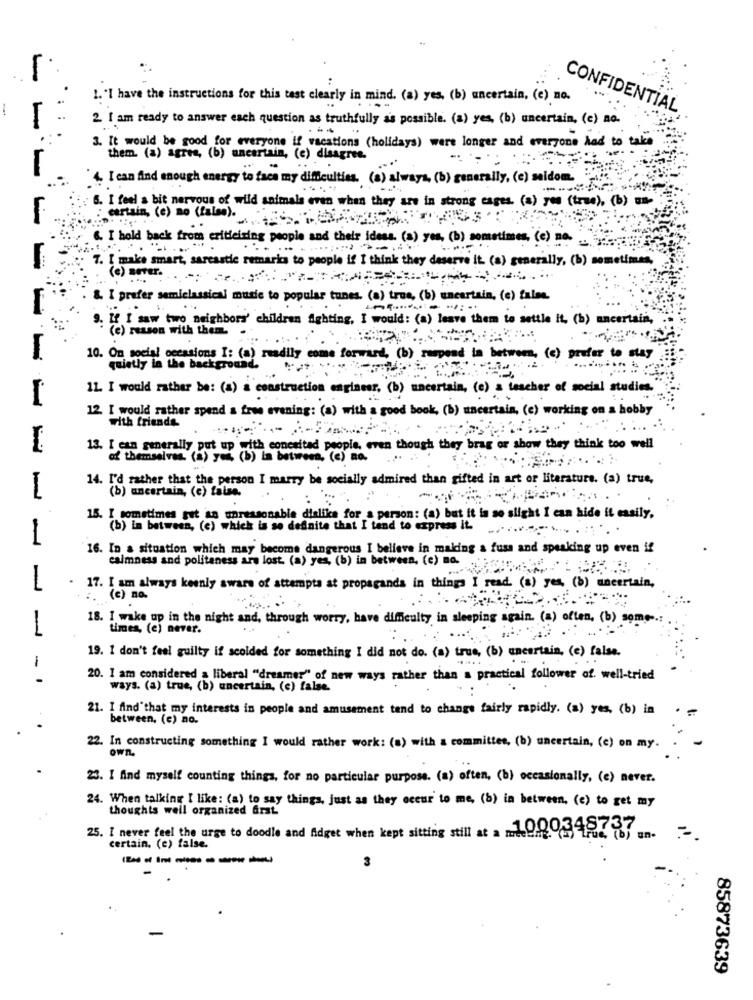
-
1. "I have the instructions for this test clearly in mind. (a) yes, (b) uncertain. (c) no.
CONFIDENTIAL
2. I am ready to answer each question as truthfully as possible. (a) yes, (b) uncertain, (c) no.
3. It would be good for everyone if vacations (holidays) were longer and everyone had to take
them. (a) agres, (b) uncertain, (e) disagree.
-
-
4. I can find enough energy to face my difficulties. (a) always, (b) generally, (e) seldom.
6. I feel a bit nervous of wild animals even when they are in strong cages. (a) you (true), (b) um
certain, (e) no (false).
&. I hold back from criticizing people and their ideas. (a) yes, (b) sometimes, (e) Do.
7. [ make smart, sarcastic remarks to people if I think they deserve it. (a) generally, (b) sometimes,
& I prefer semiclassical music to popular tunes. (a) true, (b) uncertain, (c) falos.
If I saw two neighbors' children fighting, I would: (a) leave them to settle it, (b) uncertain,
(e) reason with there.
--
10. On social cecasions I: (a) readily come forward, (b) respond in between, (c) prefer to stay
the background.
11. I would rather be: (a) & construction engineer, (b) uncertain, (e) a teacher of social studies.
12. I would rather spend a free evening: (a) with a good book, (b) uncertain, (c) working on a hobby
with friends
13. I can generally put up with conesitad people, even though they brag or show they think too well
of themselves. (a) y04, (b) In between, (c) Ro.
14. I'd rather that the person I marry be socially admired than gifted in art or literature. (a) true,
1
(b) uncertain, (c) false.
15. I sometimes get an unreasonable dislike for a person: (a) but it is so slight I can hide it easily.
(b) in between, (c) which is se definite that I tend to express it.
16. In a situation which may become dangerous I believe in making a fuss and speaking up even if
calmness and politeness are lost. (a) yes, (b) in between. (c) no. .....
1
17. I am always keenly aware of attempts at propaganda in things I read. (a) yes, (b) uncertain,
:. (c) no.
18. I wake up in the night and, through worry, have difficulty in sleeping again. (a) often, (b) some
times, (e) never.
-
19. I don't feel guilty if scolded for something I did not do. (a) true, (b) uncertain, (e) false.
-
20. 1 am considered a liberal "dreamer" of new ways rather than a practical follower of. well-tried
ways. (a) true, (b) uncertain, (e) false.
21. I find"that my interests in people and amusement tend to change fairly rapidly. (a) yes, (b) in . -
between, (c) no.
-
22. In constructing something I would rather work: (a) with a committee, (b) uncertain, (e) on my.
own.
23. I find myself counting things, for no particular purpose. (a) often, (b) occasionally, (e) never.
24. When talking [ like: (a) to say things, just as they occur to me, (b) in between, (c) to get my
thoughts well organized first
25. I never feel the urge to doodle and fidget when kept sitting still at a milethe. "(>, "True to, an-
certain. (e) false.
3
85873639